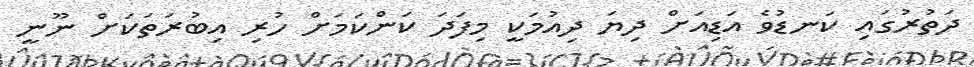
ދަތުރުގައި ކަނޑުވެ އަޑިއަށް ދިޔަ ދިއުމަކީ މިފަދަ ކަންކަމަށް ހުރި އިބުރަތަކަށް ނޫނީ